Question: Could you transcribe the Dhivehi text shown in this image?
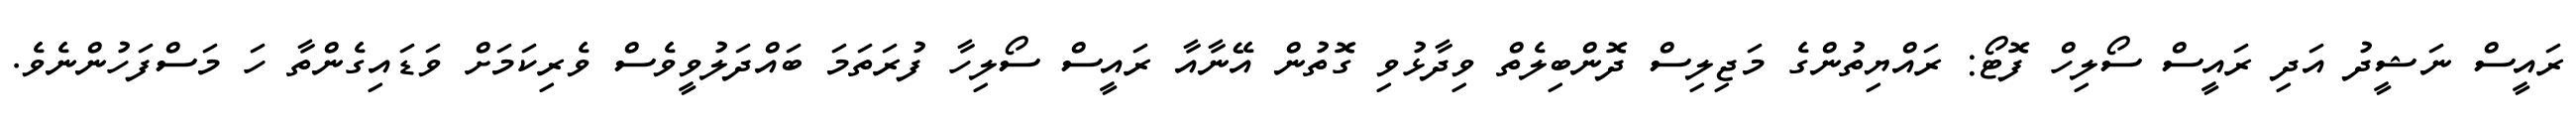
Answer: ރައީސް ނަޝީދު އަދި ރައީސް ސޯލިހް ފޮޓޯ: ރައްޔިތުންގެ މަޖިލިސް ދޮންބިލެތް ވިދާޅުވި ގޮތުން އޭނާއާ ރައީސް ސޯލިހާ ފުރަތަމަ ބައްދަލުވީވެސް ވެރިކަމަށް ވަޑައިގެންތާ ހަ މަސްފަހުންނެވެ.